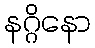
နဂ္ဂိနော